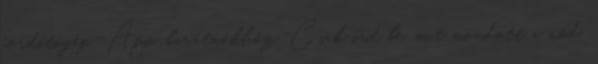
fordítógép-App, barátnőkhöz. Csak írd be, mit mondott a nőd,